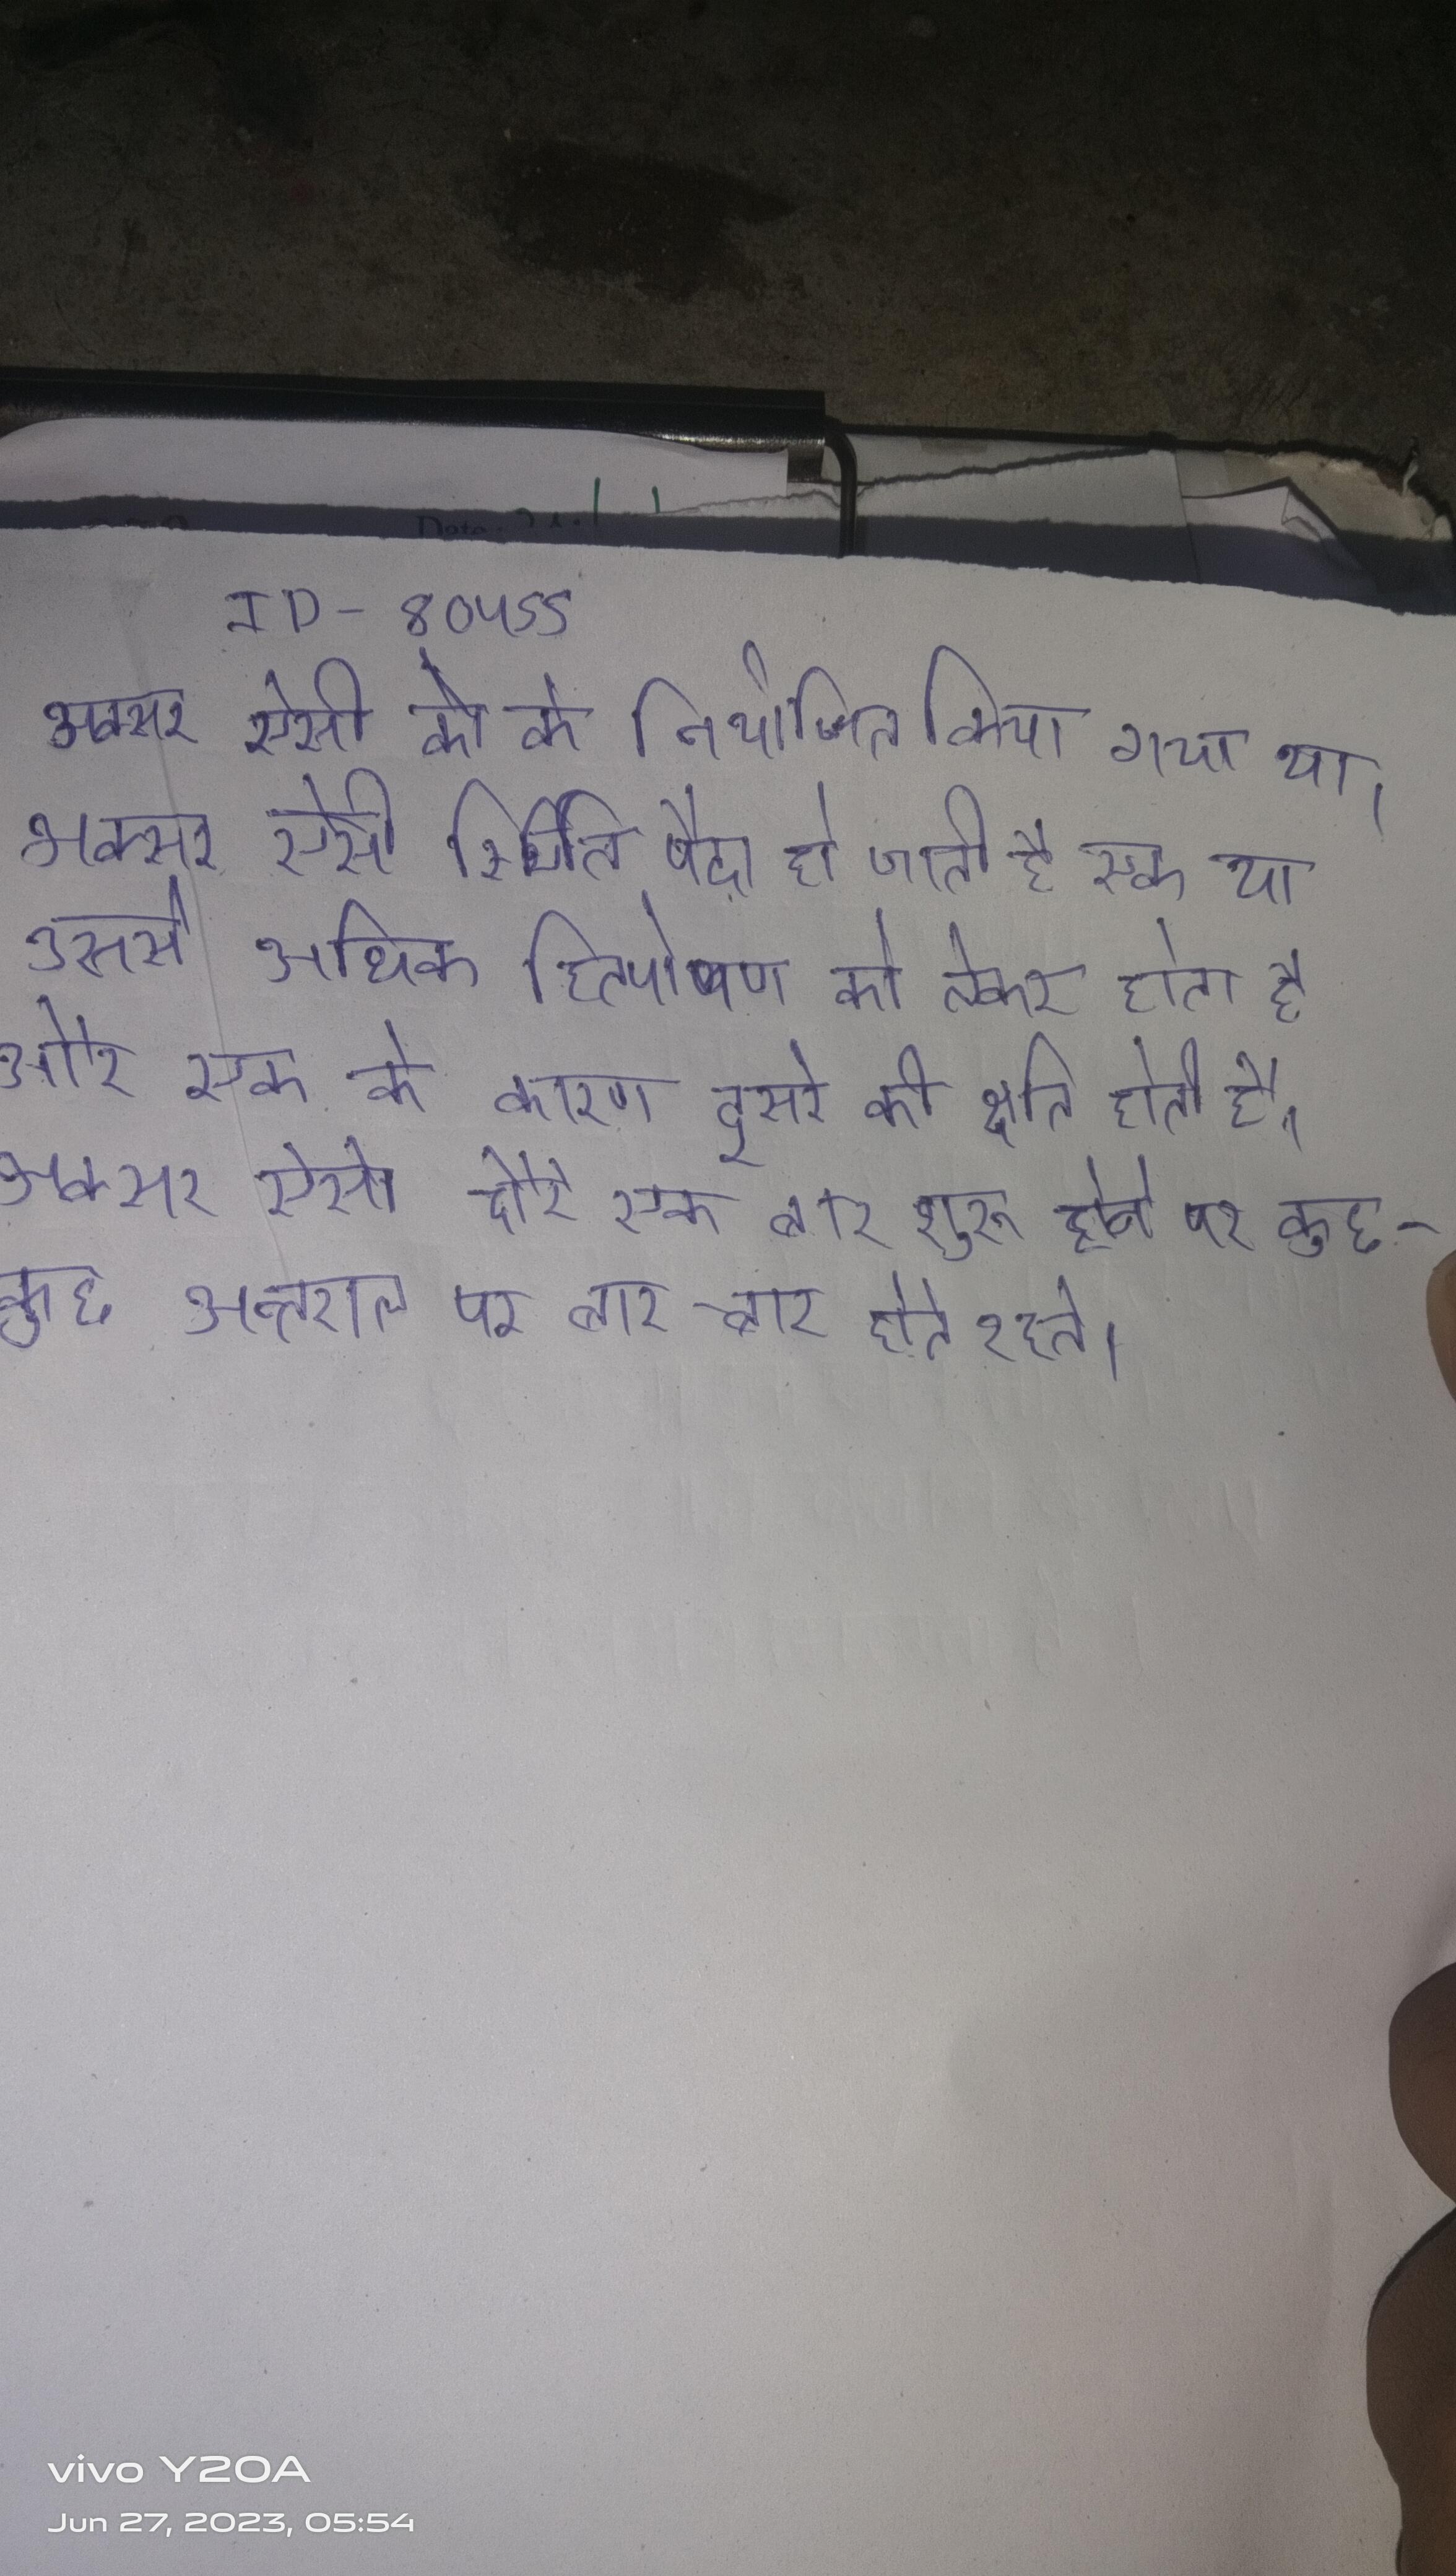
अक्सर ऐसी को के नियोजित किया गया था । अक्सर ऐसी स्थिति पैदा हो जाती है एक या उससे अधिक हितपोषण को लेकर होता है और एक के कारण दूसरे की क्षति होती है । अक्सर ऐसे दौरे एक बार शुरू होने पर कुछ-कुछ अन्तराल पर बार-बार होते रहते ।